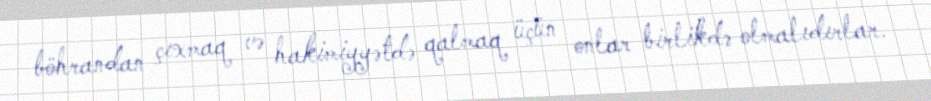
böhrandan çıxmaq və hakimiyyətdə qalmaq üçün onlar birlikdə olmalıdırlar.